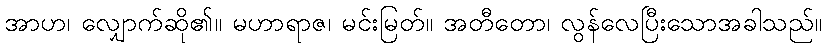
အာဟ၊ လျှောက်ဆို၏။ မဟာရာဇ၊ မင်းမြတ်။ အတီတော၊ လွန်လေပြီးသောအခါသည်။